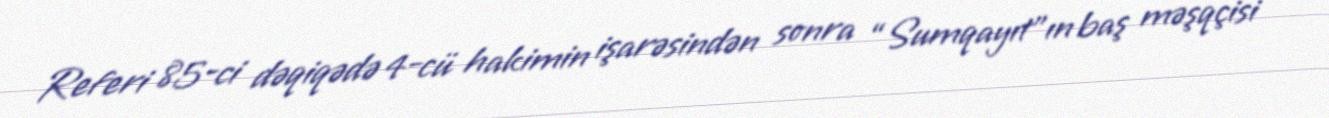
Referi 85-ci dəqiqədə 4-cü hakimin işarəsindən sonra “Sumqayıt”ın baş məşqçisi